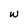
Character: w